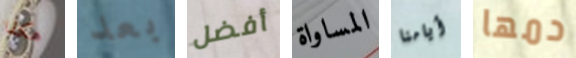
هكذا بعد أفضل المساواة أيامنا دمها